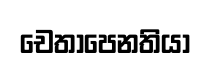
චෙතාපෙනතියා